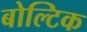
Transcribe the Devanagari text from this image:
बोल्टिक